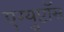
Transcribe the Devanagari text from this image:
एग्युप्टॉस